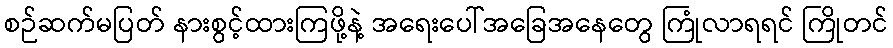
စဉ်ဆက်မပြတ် နားစွင့်ထားကြဖို့နဲ့ အရေးပေါ်အခြေအနေတွေ ကြုံလာရရင် ကြိုတင်